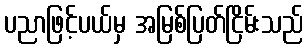
ပညာဖြင့်ပယ်မှ အမြစ်ပြတ်ငြိမ်းသည်